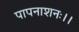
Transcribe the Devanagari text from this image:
पापनाशनः।।